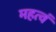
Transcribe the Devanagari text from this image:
महत्वं